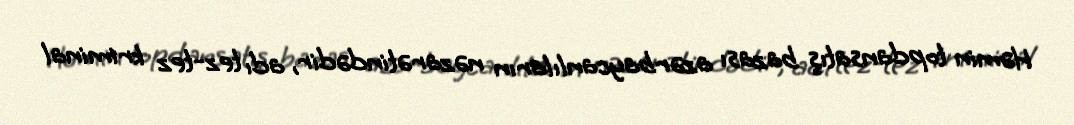
Həmin topdansatış bazası azərbaycanlıların nəzarətindədir, adı tez-tez kriminal